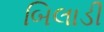
બિલાડી